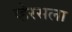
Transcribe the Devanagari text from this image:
व्हेरसला